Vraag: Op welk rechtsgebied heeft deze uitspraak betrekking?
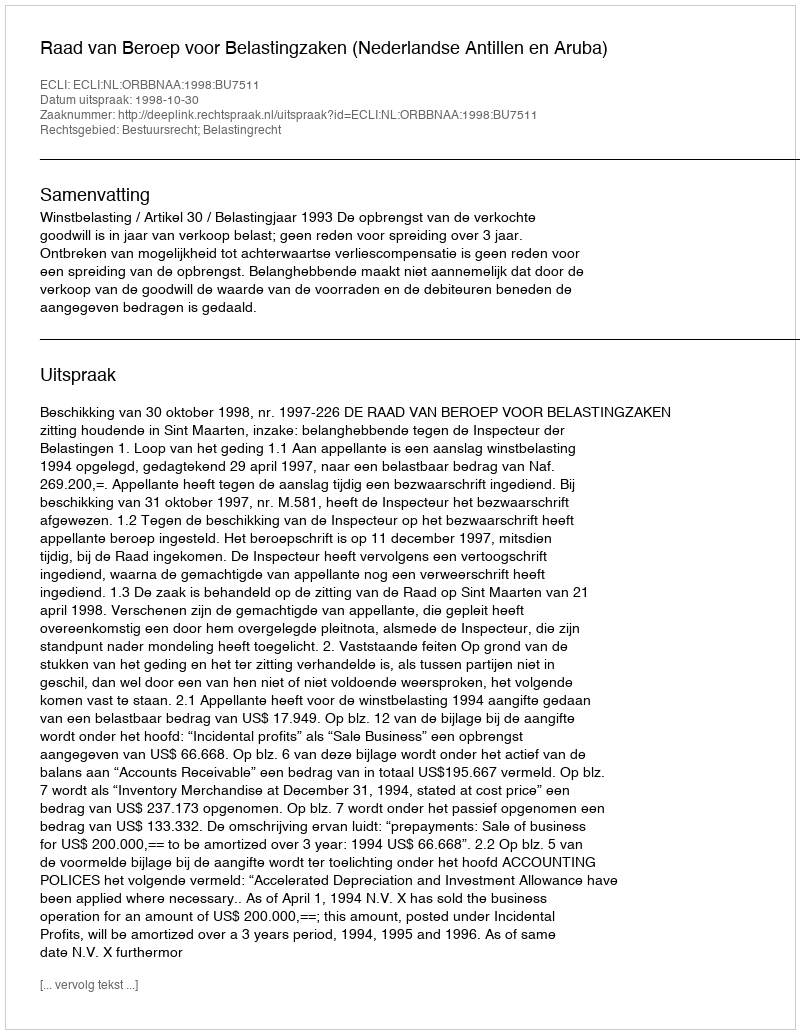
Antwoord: Bestuursrecht; Belastingrecht